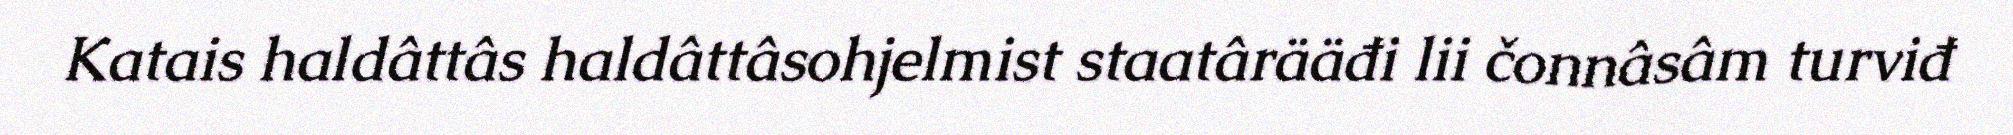
Katais haldâttâs haldâttâsohjelmist staatârääđi lii čonnâsâm turviđ